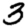
Digit: 3